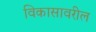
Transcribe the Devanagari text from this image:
विकासावरील